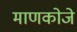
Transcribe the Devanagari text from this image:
माणकोजे